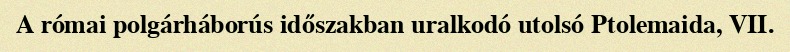
A római polgárháborús időszakban uralkodó utolsó Ptolemaida, VII.